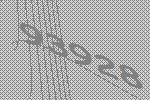
93928